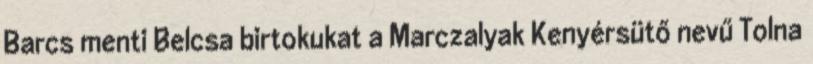
Barcs menti Belcsa birtokukat a Marczalyak Kenyérsütő nevű Tolna